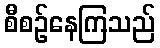
စီစဉ်နေကြသည်